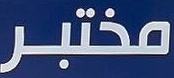
مختبر